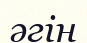
әгін